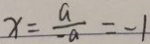
x = \frac { a } { - a } = - 1